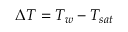
\Delta T = T _ { w } - T _ { s a t }